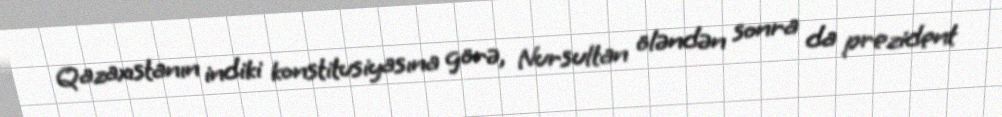
Qazaxıstanın indiki konstitusiyasına görə, Nursultan öləndən sonra da prezident